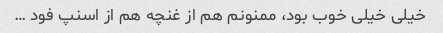
خیلی خیلی خوب بود، ممنونم هم از غنچه هم از اسنپ فود …